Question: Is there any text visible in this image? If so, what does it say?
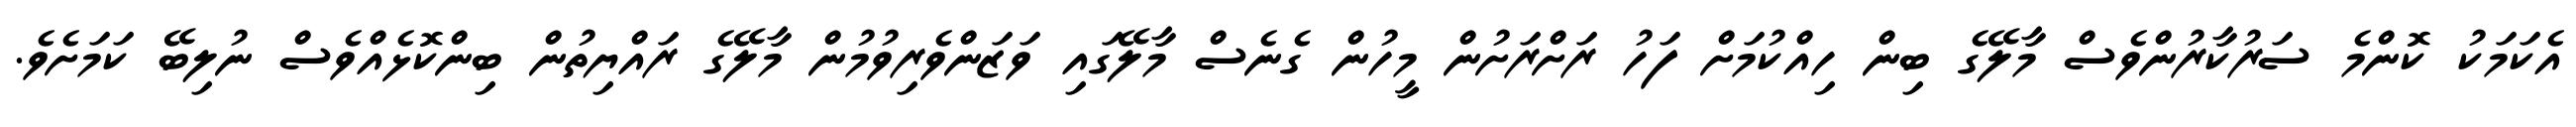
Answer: އެކަމަކު ކޮންމެ ސަރުކާރުންވެސް މާލޭގެ ބިން ހިއްކުމަށް ފަހު ރަށްރަށުން މީހުން ގެނެސް މާލޭގައި ވަޒަންވެރިވުމުން މާލޭގެ ރައްޔިތުން ބިންކޮޅެއްވެސް ނުލިބޭ ކަމަށެވެ.